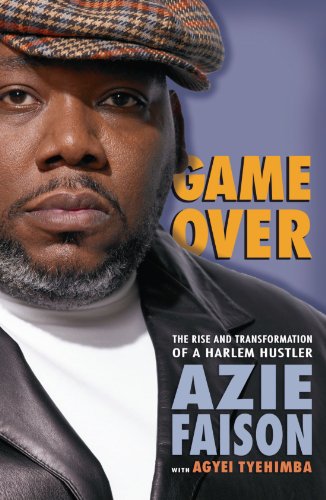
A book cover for Game Over: The Rise and Transformation of a Harlem Hustler; Azie Faison; Biographies & Memoirs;